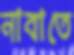
নাবাতে